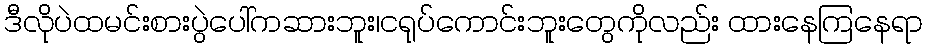
ဒီလိုပဲထမင်းစားပွဲပေါ်ကဆားဘူး၊ငရုပ်ကောင်းဘူးတွေကိုလည်း ထားနေကြနေရာ